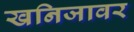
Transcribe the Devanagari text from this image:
खनिजावर